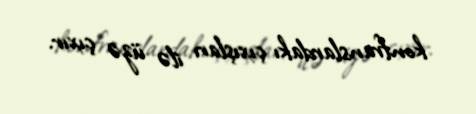
konfranslardakı çıxışları ilə üzə çıxır.